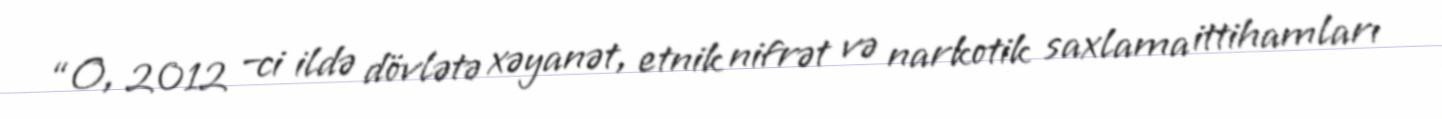
“O, 2012 –ci ildə dövlətə xəyanət, etnik nifrət və narkotik saxlama ittihamları